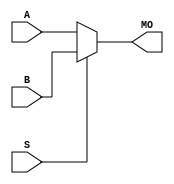
module hardcopyii_b17mux21 (MO, A, B, S);
   input [16:0] A, B;
   input 	S;
   output [16:0] MO; 
   assign MO = (S == 1) ? B : A; 
endmodule